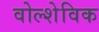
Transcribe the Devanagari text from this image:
वोल्शेविक